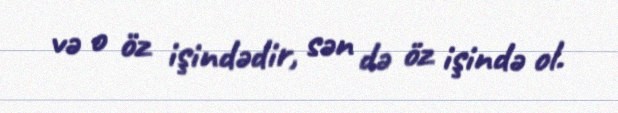
və o öz işindədir, sən də öz işində ol.